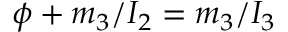
\phi + m _ { 3 } / I _ { 2 } = m _ { 3 } / I _ { 3 }